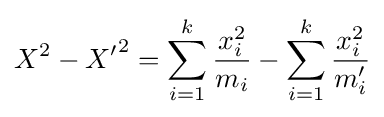
X^{2}-{X'}^{2}=\sum _{i=1}^{k}{\frac {x_{i}^{2}}{m_{i}}}-\sum _{i=1}^{k}{\frac {x_{i}^{2}}{m'_{i}}}